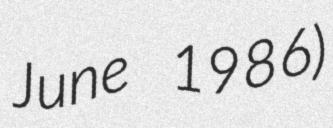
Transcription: June 1986)